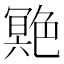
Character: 䒌